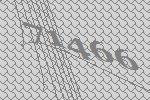
71466